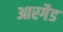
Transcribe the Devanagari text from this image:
आरगैड